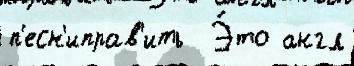
п'есн'иправ'ить  Э́то англ